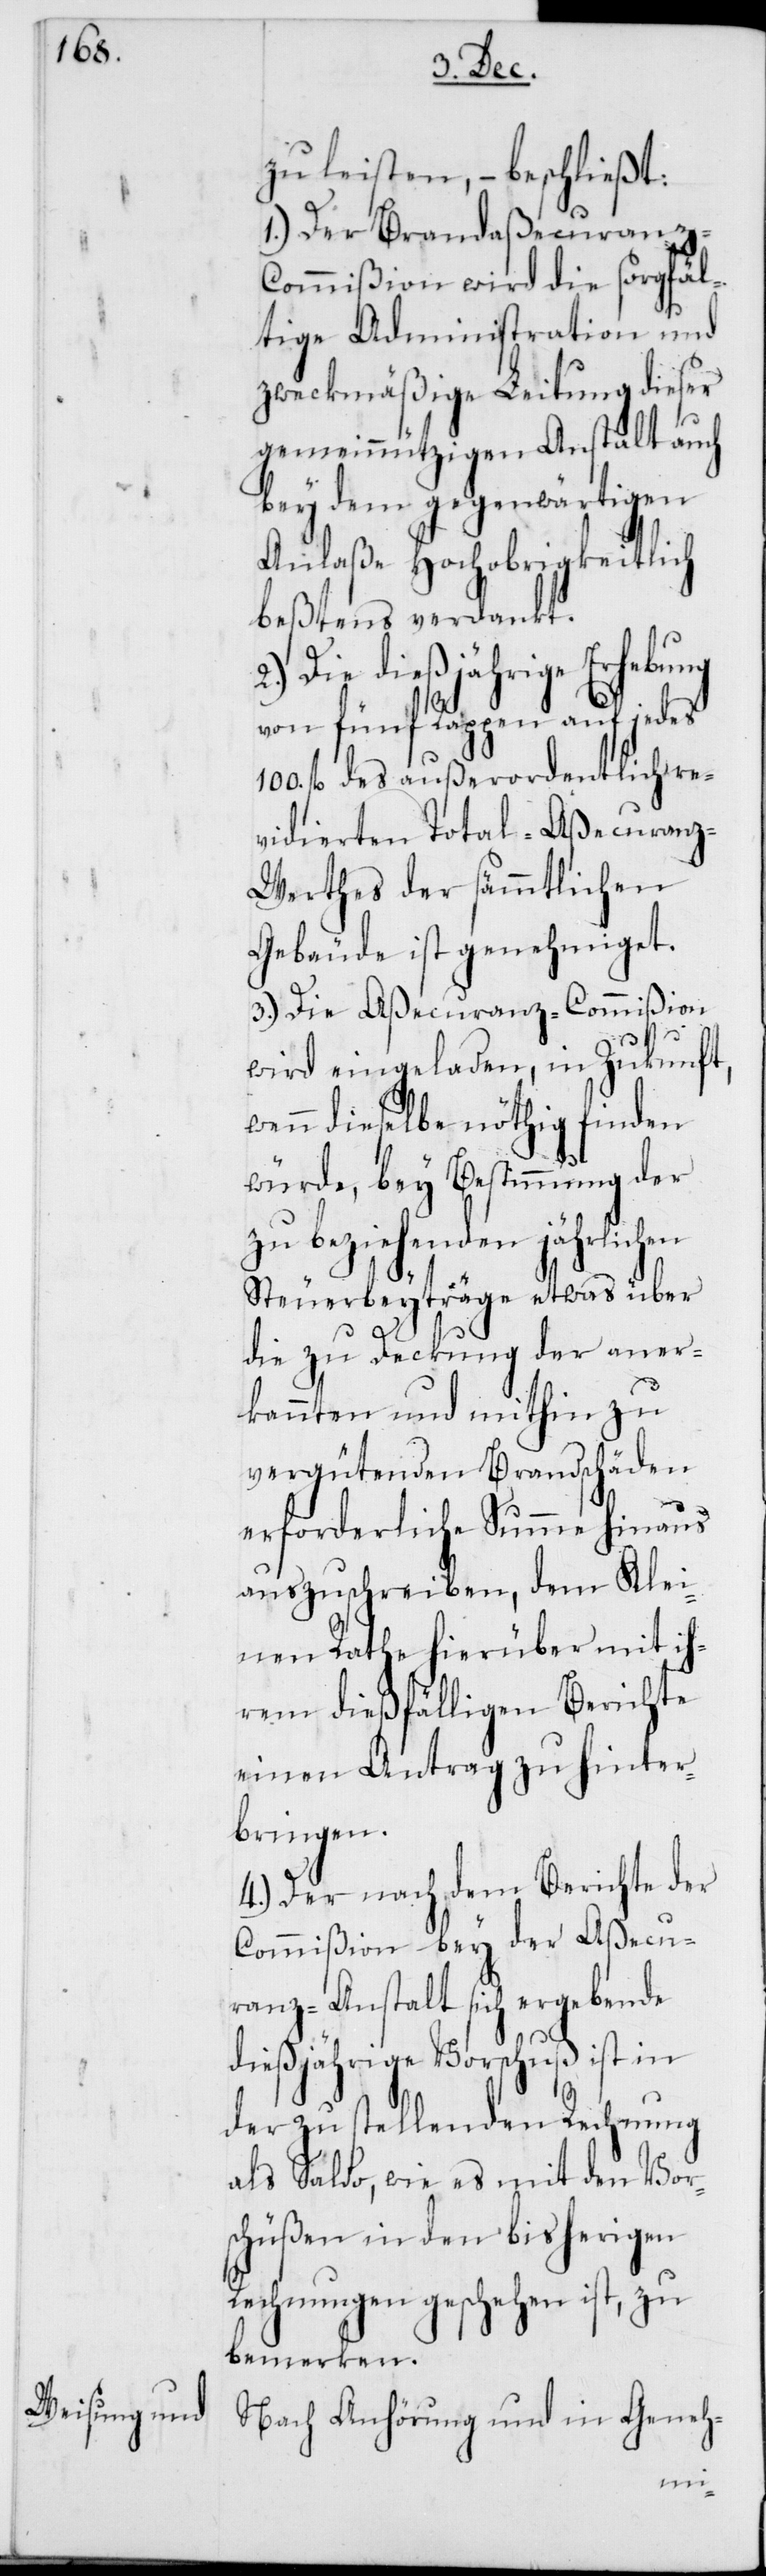
zu leisten, – beschließt:
1.) Der Brandaßecuranz-C¬
ommißion wird die sorgfäl¬
tige Administration und
zweckmäßige Leitung dieser
gemeinnützigen Anstalt auch
bey dem gegenwärtigen
Anlaße Hochobrigkeitlich
beßtens verdankt.
Die dießjährige Erhebung
von fünf Rappen auf jedes
100. fl. des außerordentlich re¬
vidierten Total-Aßecuranz-W¬
erthes der sämmtlichen
Gebäude ist genehmiget.
3.) Die Aßecuranz-Commißion
wird eingeladen, in Zukunft,
wenn dieselbe nöthig finden
würde, bey Bestimmung der
zu beziehenden jährlichen
Steuerbeyträge etwas über
die zu Deckung der aner¬
kannten und mithin zu
vergütenden Brandschäden
erforderliche Summe hinaus
auszuschreiben, dem Klei¬
nen Rathe hierüber mit ih¬
rem dießfälligen Berichte
einen Antrag zu hinter¬
bringen.
4.) Der nach dem Berichte der
Commißion bey der Aßecu¬
ranz-Anstalt sich ergebende
dießjährige Vorschuß ist in
der zu stellenden Rechnung
als Saldo, wie es mit den Vor¬
schüßen in den bisherigen
Rechnungen geschehen ist, zu
bemerken.
Nach Anhörung und in Geneh¬
migung-